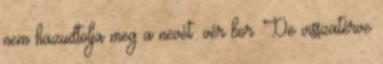
nem hazudtolja meg a nevét: vér bor. De visszatérve